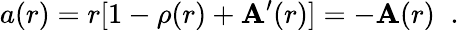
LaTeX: a(r)=r[1-\rho(r)+\mathbf{A}^{\prime}(r)]=-\mathbf{A}(r)\; \; .